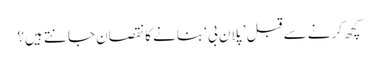
کچھ کرنے سے قبل ’پلان بی‘ بنانے کا نقصان جانتے ہیں؟